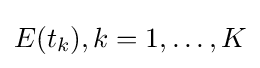
E(t_{k}),k=1,\ldots ,K